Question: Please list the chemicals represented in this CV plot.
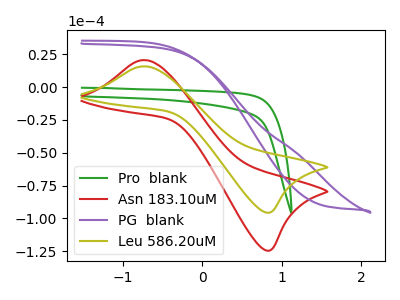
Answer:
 <answer>The green curve is labeled "Pro  blank". The red curve is labeled "Asn 183.10uM". The purple curve is labeled "PG  blank". The olive curve is labeled "Leu 586.20uM".</answer>
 <eval></eval>